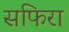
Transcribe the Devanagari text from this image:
सफिरा